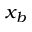
x _ { b }